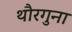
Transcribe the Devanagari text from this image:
थौरगुना